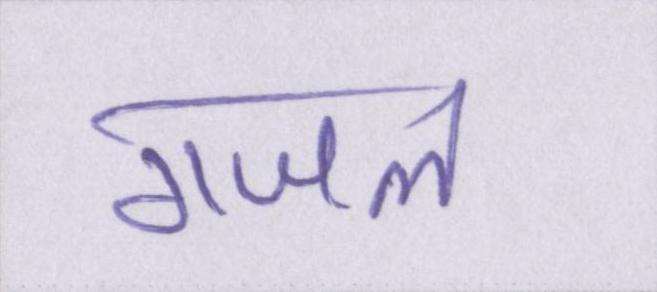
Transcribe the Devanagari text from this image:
गजल